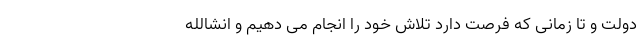
دولت و تا زمانی که فرصت دارد تلاش خود را انجام می دهیم و انشالله